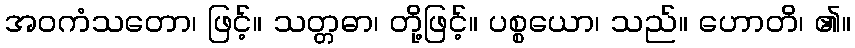
အဝကံသတော၊ ဖြင့်။ သတ္တဓာ၊ တို့ဖြင့်။ ပစ္စယော၊ သည်။ ဟောတိ၊ ၏။